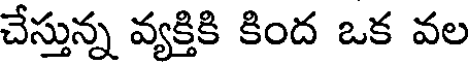
చేస్తున్న వ్యక్తికి కింద ఒక వల